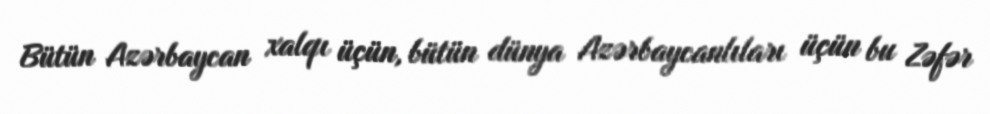
Bütün Azərbaycan xalqı üçün, bütün dünya Azərbaycanlıları üçün bu Zəfər